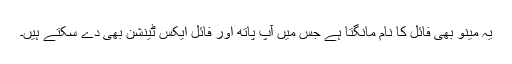
یہ مینو بھی فائل کا نام مانگتا ہے جس میں آپ پاتھ اور فائل ایکس ٹینشن بھی دے سکتے ہیں۔